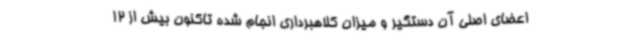
اعضای اصلی آن دستگیر و میزان کلاهبرداری انجام شده تاکنون بیش از 12